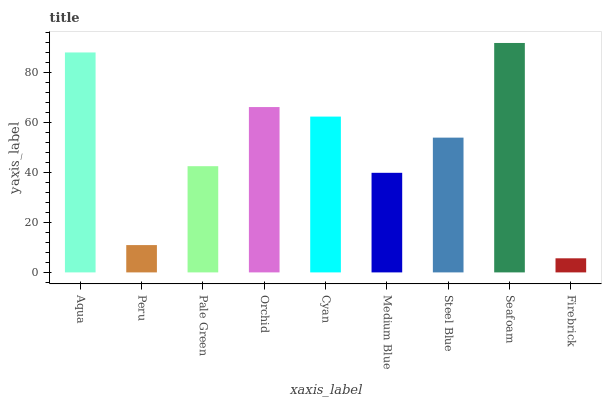
| xaxis_label | bars |
 | --- | --- |
 | Aqua | 88.1 |
 | Peru | 10.9 |
 | Pale Green | 42.5 |
 | Orchid | 66.2 |
 | Cyan | 62.4 |
 | Medium Blue | 39.9 |
 | Steel Blue | 54 |
 | Seafoam | 91.9 |
 | Firebrick | 5.65 |